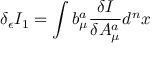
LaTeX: \delta _ { \epsilon } I _ { 1 } = \int b _ { \mu } ^ { a } \frac { \delta I } { \delta A _ { \mu } ^ { a } } d ^ { n } x